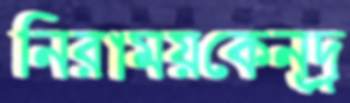
নিরাময়কেন্দ্র